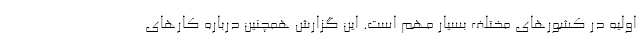
اولیه در کشور‌های مختلف بسیار مهم است. این گزارش همچنین درباره کار‌های